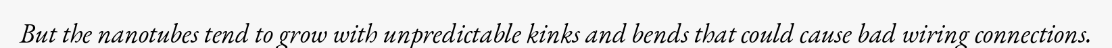
But the nanotubes tend to grow with unpredictable kinks and bends that could cause bad wiring connections.